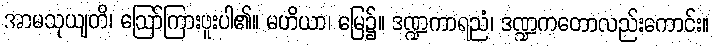
အာမသုယျတိ၊ ဩော်ကြားဖူးပါ၏။ မဟိယာ၊ မြေ၌။ ဒဏ္ဍကာရညံ၊ ဒဏ္ဍကတောလည်းကောင်း။